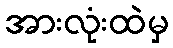
အားလုံးထဲမှ